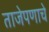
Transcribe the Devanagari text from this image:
ताजेपणाचे